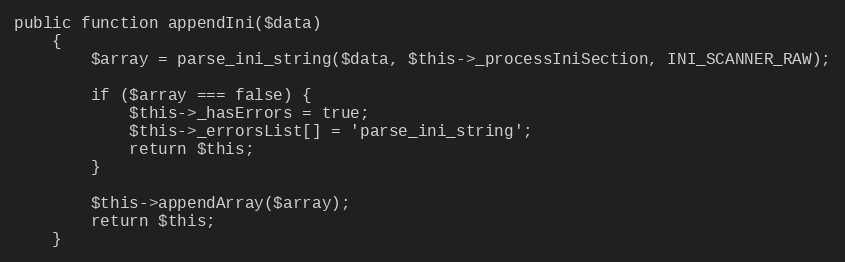
Language: PHP
public function appendIni($data)
    {
        $array = parse_ini_string($data, $this->_processIniSection, INI_SCANNER_RAW);

        if ($array === false) {
            $this->_hasErrors = true;
            $this->_errorsList[] = 'parse_ini_string';
            return $this;
        }

        $this->appendArray($array);
        return $this;
    }